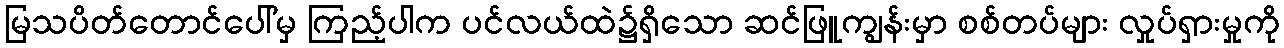
မြသပိတ်တောင်ပေါ်မှ ကြည့်ပါက ပင်လယ်ထဲ၌ရှိသော ဆင်ဖြူကျွန်းမှာ စစ်တပ်များ လှုပ်ရှားမှုကို